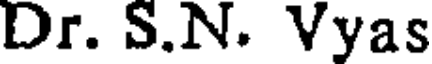
Dr. S.N. Vyas